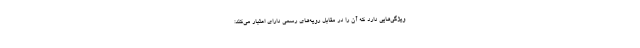
ویژگی‌هایی دارد که آن را در مقابل رویه‌های رسمی دارای اعتبار می‌کند: